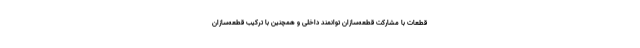
قطعات با مشارکت قطعه‌سازان توانمند داخلی و همچنین با ترکیب قطعه‌سازان